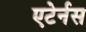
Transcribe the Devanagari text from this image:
एटेर्नस